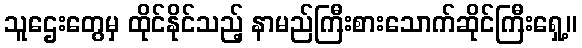
သူဌေးတွေမှ ထိုင်နိုင်သည့် နာမည်ကြီးစားသောက်ဆိုင်ကြီးရှေ့။